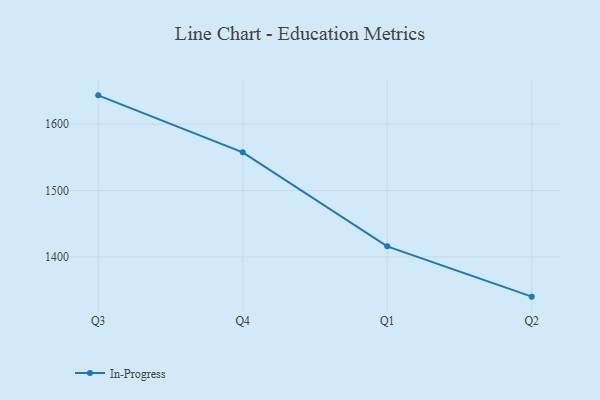
{"axis": {"x": "Quarter", "y": "Market Share (%)"}, "legend": ["In-Progress"], "data": [{"x": "Q3", "y": 1643.3, "type": "In-Progress"}, {"x": "Q4", "y": 1557.5, "type": "In-Progress"}, {"x": "Q1", "y": 1415.9, "type": "In-Progress"}, {"x": "Q2", "y": 1340.1, "type": "In-Progress"}]}